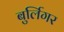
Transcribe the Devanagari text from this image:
बुर्लिगर